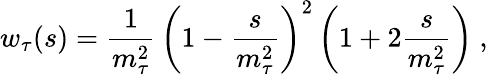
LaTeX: w_{\tau}(s)={\frac{1}{m_{\tau}^{2}}}\, \left(1-{\frac{s}{m_{\tau}^{2}}}\right)^{2}\left(1+2{\frac{s}{m_{\tau}^{2}}}\right)\ ,